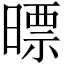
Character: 㬓